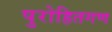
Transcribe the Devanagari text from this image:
पुरोहितगण